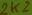
Text: 2k2